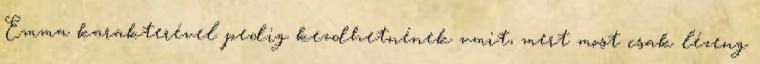
Emma karakterével pedig kezdhetnének vmit, mert most csak lézeng